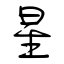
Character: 星